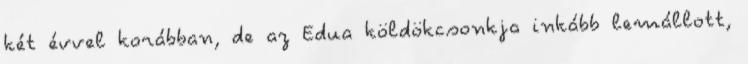
két évvel korábban, de az Edua köldökcsonkja inkább lemállott,